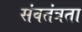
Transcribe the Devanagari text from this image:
संवतंत्रता